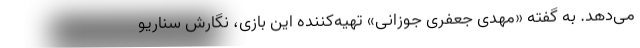
می‌دهد. به گفته «مهدی جعفری جوزانی» تهیه‌کننده این بازی، نگارش سناریو